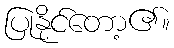
ပြုနိုင်တော့၏။